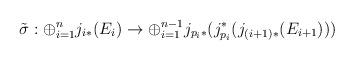
LaTeX: \begin{align*}\tilde{\sigma} : \oplus_{i=1}^n j_{i *}(E_{i}) \rightarrow \oplus_{i=1}^{n-1}j_{p_i*}(j^*_{p_i} (j_{(i+1) *}(E_{i+1})))\end{align*}